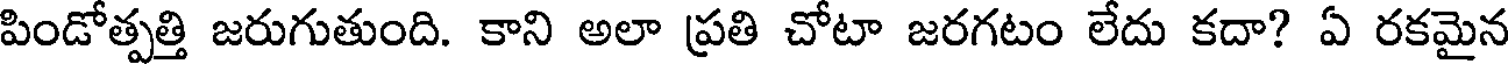
పిండోత్పత్తి జరుగుతుంది. కాని అలా ప్రతి చోటా జరగటం లేదు కదా? ఏ రకమైన